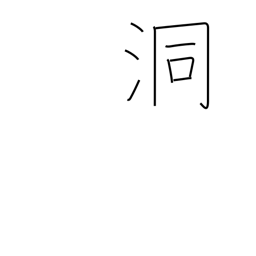
Meaning: den